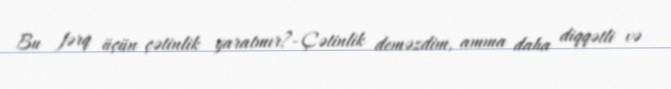
Bu fərq üçün çətinlik yaratmır?- Çətinlik deməzdim, amma daha diqqətli və